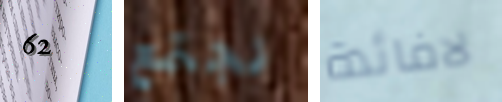
62 نجتمع لافائدة